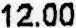
12.00